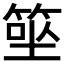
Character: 𥮭